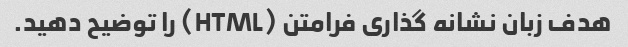
هدف زبان نشانه گذاری فرامتن (HTML) را توضیح دهید.